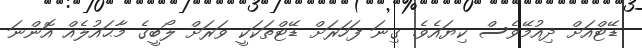
ޑޭޓްއަށް ދިއުމޭވެސް ކިޔައެވެ. ގިނަ ފަހަރަށް ޑޭޓްތަކަކީ ވަރަށް ލޯބީގެ މާޙައުލެއް އޮންނަ